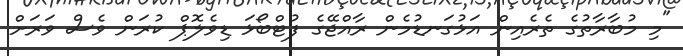
"މި މުބާރާތުގެ ތެރެއިން އަޅުގަނޑުމެން ރާއްޖޭގެ ފުޓްބޯޅަ ޑިވެލޮޕް ކުރަން ވެސް ވަރަށް